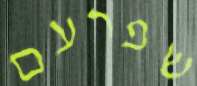
שפרעם